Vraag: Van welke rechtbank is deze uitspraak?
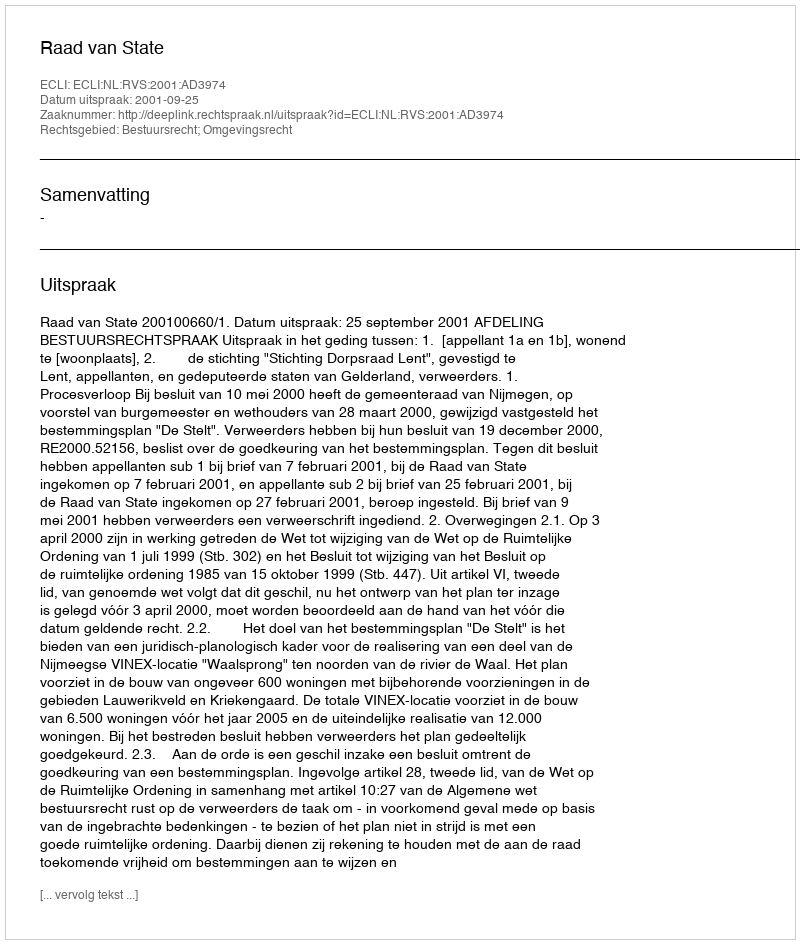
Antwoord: Raad van State